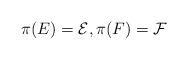
LaTeX: \begin{align*}\pi(E)=\mathcal{E},\pi(F)=\mathcal{F}\end{align*}